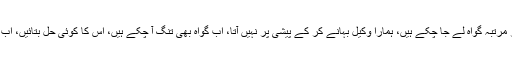
اُس نے بتایا کہ ہم چار مرتبہ گواہ لے جا چکے ہیں، ہمارا وکیل بہانے کر کے پیشی پر نہیں آتا، اب گواہ بھی تنگ آ چکے ہیں، اس کا کوئی حل بتائیں، اب مَیں اُسے کیا حل بتاتا۔